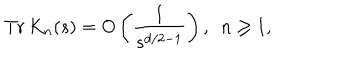
\mathrm { T r } \, K _ { n } ( s ) = O \left( \frac { 1 } { s ^ { d / 2 - 1 } } \right) , \, \, \, n \geq 1 ,